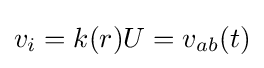
v_{i}=k(r)U=v_{ab}(t)